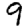
Digit: 9